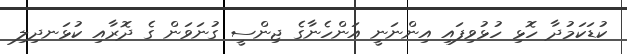
ކުޑަކަމުދާ ހޮޅި ހުޅުވިފައި އިންނަނީ އަންހެނާގެ ޖިންސީ ގުނަވަން ގެ ދޮރާއި ކުޅަނދިލި